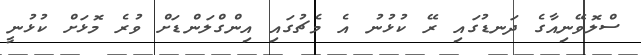
ސްލޮވޭނިއާގެ ދަނޑުގައި ރޭ ކުޅުނު އެ މެޗުގައި އިންގްލަންްޑަށް ވުރެ މޮޅަށް ކުޅުނީ